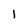
Character: i